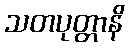
သတပုတ္တာနိ